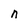
Character: n